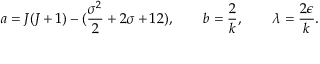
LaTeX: a = J ( J + 1 ) - ( { \frac { \sigma ^ { 2 } } { 2 } } + 2 \sigma + 1 2 ) , \qquad b = { \frac { 2 } { k } } , \qquad \lambda = { \frac { 2 \epsilon } { k } } .